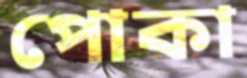
পোকা